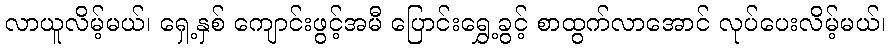
လာယူလိမ့်မယ်၊ ရှေ့နှစ် ကျောင်းဖွင့်အမီ ပြောင်းရွှေ့ခွင့် စာထွက်လာအောင် လုပ်ပေးလိမ့်မယ်၊